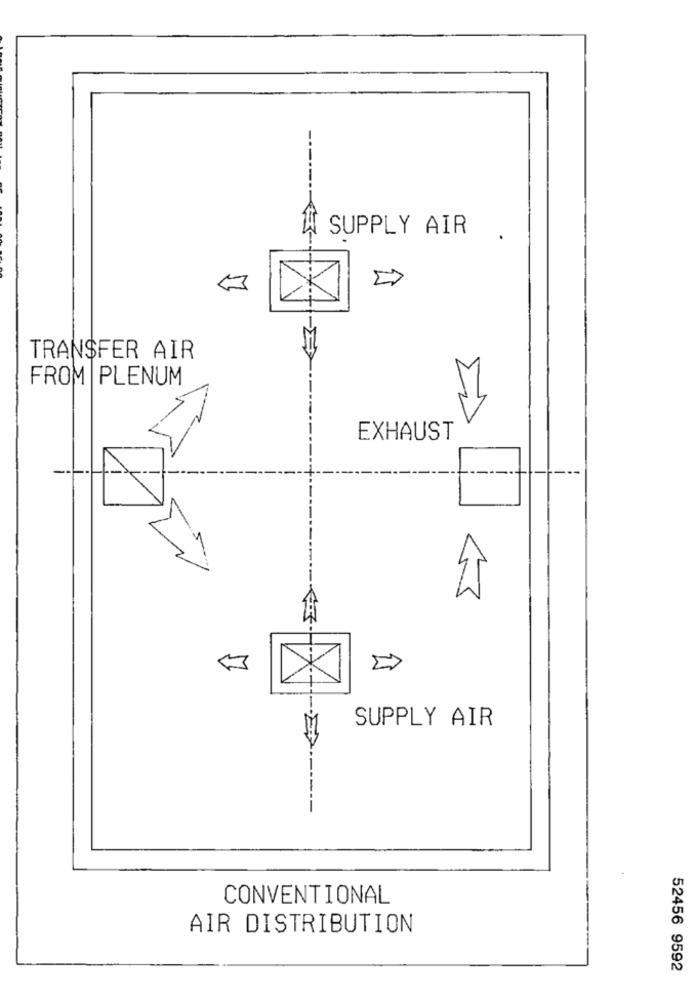
------
SUPPLY AIR
TRANSFER AIR
FROM PLENUM
EXHAUST
SUPPLY AIR
-
CONVENTIONAL
AIR DISTRIBUTION
52456 9592